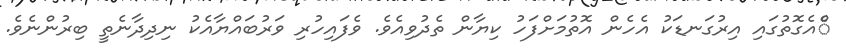
ްެއެގޮތުގައި އިރުގަނޑަކު އެހެން އޮތުމަށްފަހު ކިޔާން ތެދުވިއެވެ. ވެފައިހުރި ވަރުބައްޔާއެކު ނިދިދާނެތީ ބިރުންނެވެ.